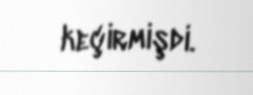
keçirmişdi.